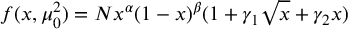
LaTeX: f ( x , \mu _ { 0 } ^ { 2 } ) = N x ^ { \alpha } ( 1 - x ) ^ { \beta } ( 1 + \gamma _ { 1 } \sqrt { x } + \gamma _ { 2 } x ) \; \;